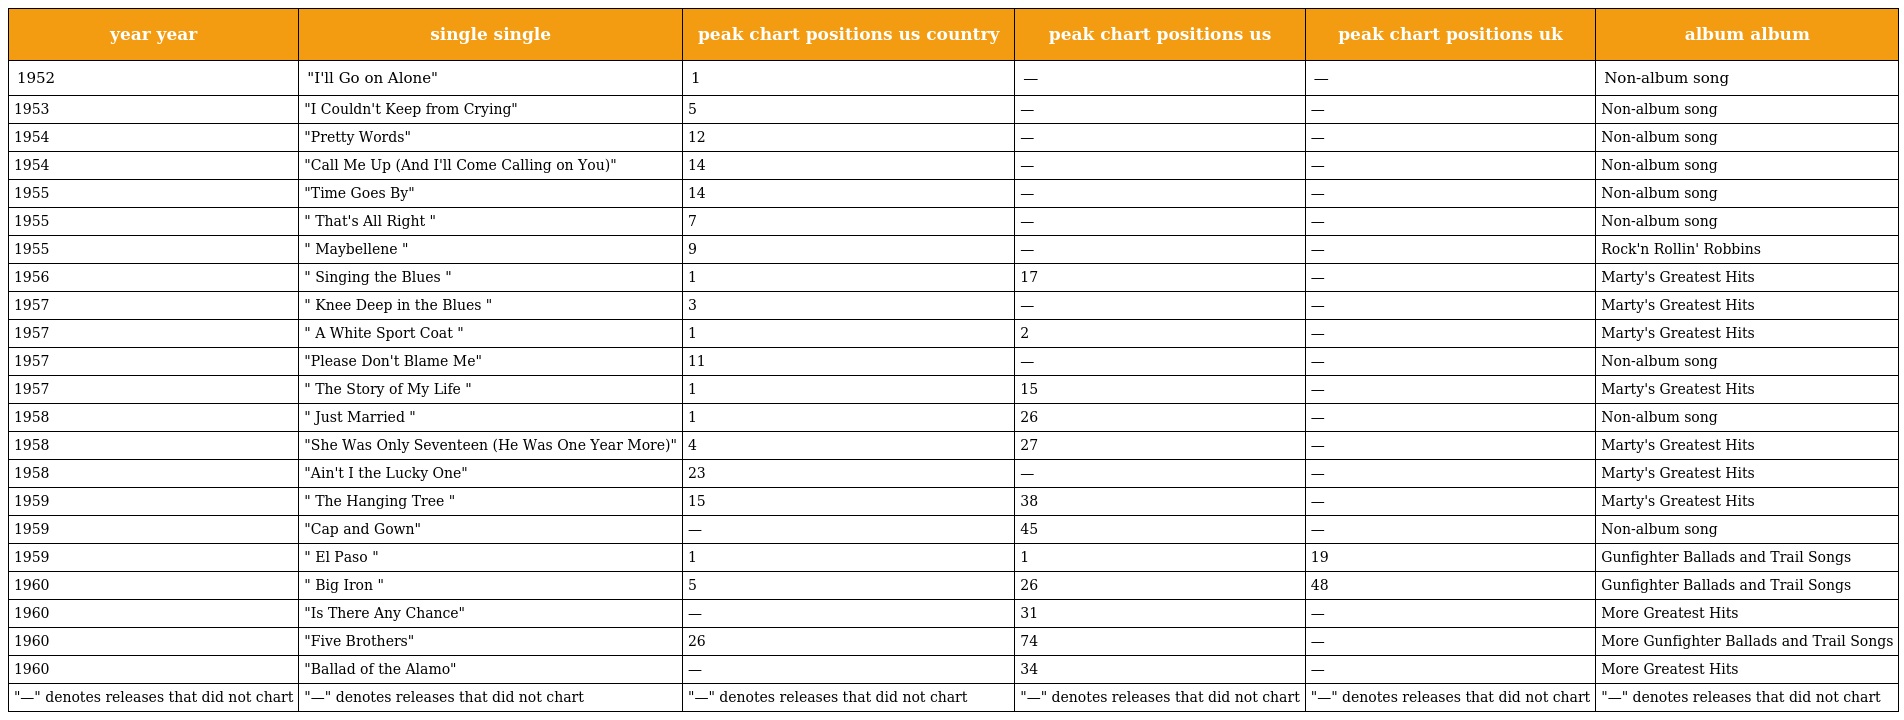
| year year | single single | peak chart positions us country | peak chart positions us | peak chart positions uk | album album |
 | --- | --- | --- | --- | --- | --- |
 | 1952 | "I'll Go on Alone" | 1 | — | — | Non-album song |
 | 1953 | "I Couldn't Keep from Crying" | 5 | — | — | Non-album song |
 | 1954 | "Pretty Words" | 12 | — | — | Non-album song |
 | 1954 | "Call Me Up (And I'll Come Calling on You)" | 14 | — | — | Non-album song |
 | 1955 | "Time Goes By" | 14 | — | — | Non-album song |
 | 1955 | " That's All Right " | 7 | — | — | Non-album song |
 | 1955 | " Maybellene " | 9 | — | — | Rock'n Rollin' Robbins |
 | 1956 | " Singing the Blues " | 1 | 17 | — | Marty's Greatest Hits |
 | 1957 | " Knee Deep in the Blues " | 3 | — | — | Marty's Greatest Hits |
 | 1957 | " A White Sport Coat " | 1 | 2 | — | Marty's Greatest Hits |
 | 1957 | "Please Don't Blame Me" | 11 | — | — | Non-album song |
 | 1957 | " The Story of My Life " | 1 | 15 | — | Marty's Greatest Hits |
 | 1958 | " Just Married " | 1 | 26 | — | Non-album song |
 | 1958 | "She Was Only Seventeen (He Was One Year More)" | 4 | 27 | — | Marty's Greatest Hits |
 | 1958 | "Ain't I the Lucky One" | 23 | — | — | Marty's Greatest Hits |
 | 1959 | " The Hanging Tree " | 15 | 38 | — | Marty's Greatest Hits |
 | 1959 | "Cap and Gown" | — | 45 | — | Non-album song |
 | 1959 | " El Paso " | 1 | 1 | 19 | Gunfighter Ballads and Trail Songs |
 | 1960 | " Big Iron " | 5 | 26 | 48 | Gunfighter Ballads and Trail Songs |
 | 1960 | "Is There Any Chance" | — | 31 | — | More Greatest Hits |
 | 1960 | "Five Brothers" | 26 | 74 | — | More Gunfighter Ballads and Trail Songs |
 | 1960 | "Ballad of the Alamo" | — | 34 | — | More Greatest Hits |
 | "—" denotes releases that did not chart | "—" denotes releases that did not chart | "—" denotes releases that did not chart | "—" denotes releases that did not chart | "—" denotes releases that did not chart | "—" denotes releases that did not chart |